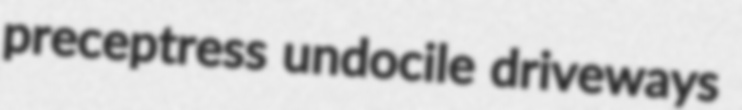
preceptress undocile driveways